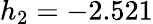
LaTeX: h_{2}=-2.521